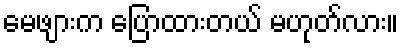
မေဖျားက ပြောထားတယ် မဟုတ်လား။